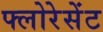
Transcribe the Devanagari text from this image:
फ्लोरेसेंट